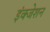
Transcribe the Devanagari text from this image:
इंक्जेशन